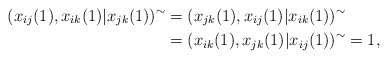
\begin{align*}(x_{ij}(1),x_{ik}(1) \vert x_{jk}(1))^\sim&=( x_{jk}(1),x_{ij}(1)\vert x_{ik}(1))^\sim\endline&=(x_{ik}(1), x_{jk}(1)\vert x_{ij}(1))^\sim=1,\end{align*}